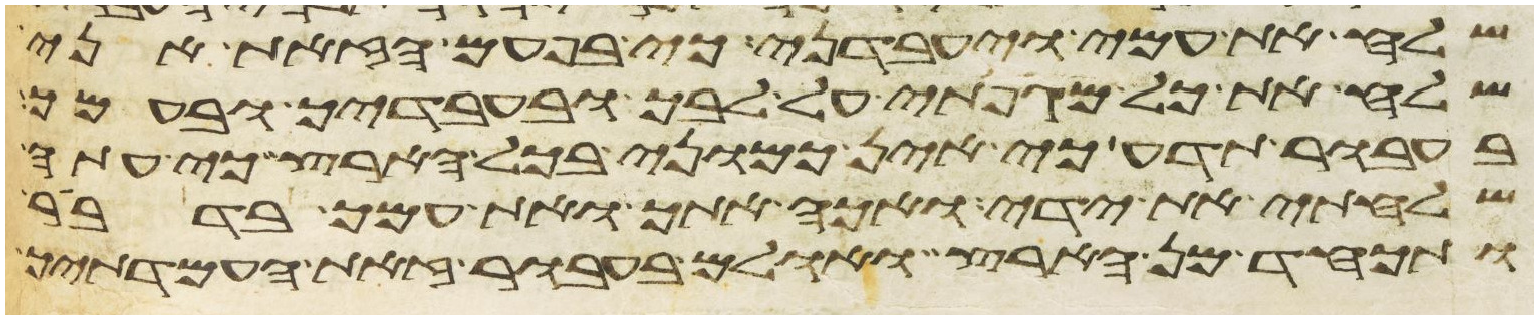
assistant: שלח את עמי ויעבדני כי בפעם הזאת אני
שלח את כל מגפתי על לבך ובעבדיך ובעמך
בעבור תדע כי אין כמוני בכל הארץ כי עתה
שלחתי את ידי ואכה אתך ואת עמך בדבר
ותכחד מן הארץ ואולם בעבור זאת העמדתיך